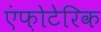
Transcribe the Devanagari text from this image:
एंफ़ोटेरिक